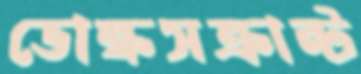
ভোল্কসক্রান্ট